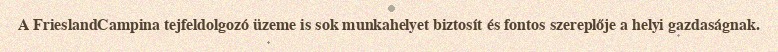
A FrieslandCampina tejfeldolgozó üzeme is sok munkahelyet biztosít és fontos szereplője a helyi gazdaságnak.